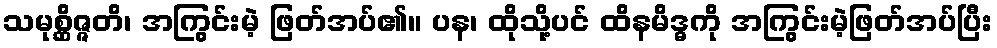
သမုစ္ဆိဇ္ဇတိ၊ အကြွင်းမဲ့ ဖြတ်အပ်၏။ ပန၊ ထိုသို့ပင် ထိနမိဒ္ဓကို အကြွင်းမဲ့ဖြတ်အပ်ပြီး